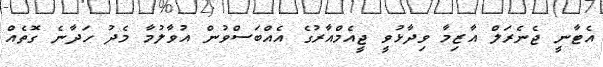
އެޓާނީ ޖެނެރަލް އާޒިމާ ވިދާޅުވީ ޖީއެމްއާރުގެ އެއްބަސްވުން އުވާލުމާ މެދު ހަދާނެ ގޮތެއް